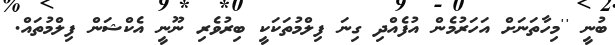
ބުނީ ''މިހާތަނަށް އަހަރުމެން އުފެއްދި ގިނަ ފިލްމުތަކަކީ ބިރުވެރި ނޫނީ އެކްޝަން ފިލްމުތައް.